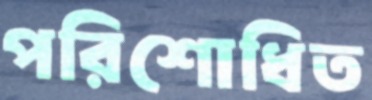
পরিশোধিত